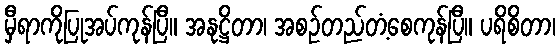
မှီရာကိုပြုအပ်ကုန်ပြီ။ အနုဋ္ဌိတာ၊ အစဉ်တည်တံ့စေကုန်ပြီ။ ပရိစိတာ၊